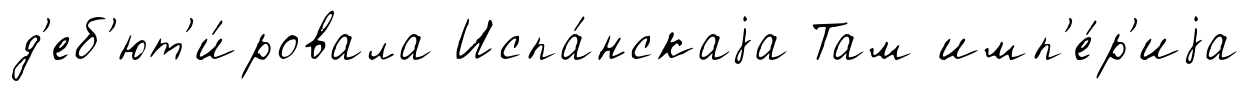
д'еб'ют'и́ровала Испа́нскаjа Там имп'е́р'иjа